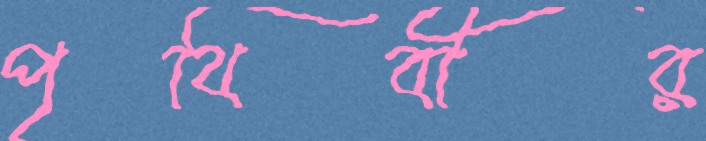
পৃথিবীর